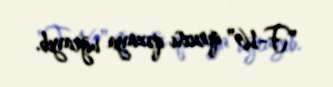
"F-16" qırıcısı qəzaya uğrayıb.